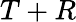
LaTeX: T+R